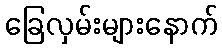
ခြေလှမ်းများနောက်